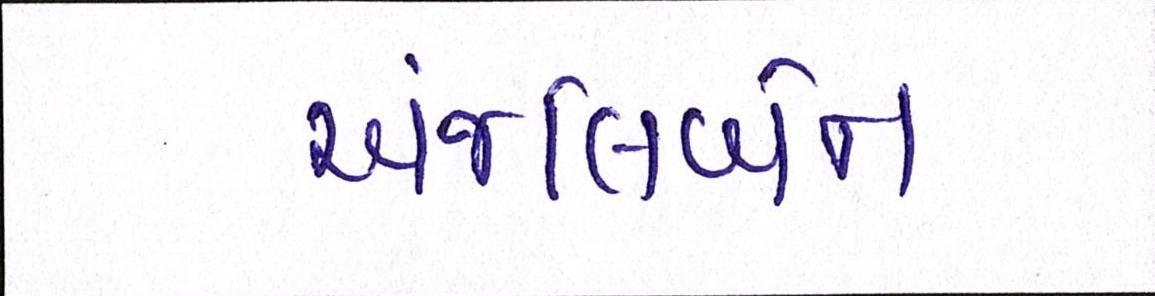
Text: અંજલિબેન